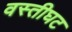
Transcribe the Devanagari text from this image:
वस्तीघट